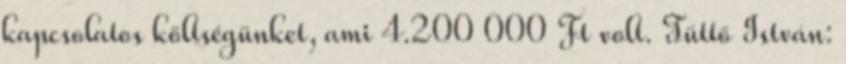
kapcsolatos költségünket, ami 4.200 000 Ft volt. Tüttő István: